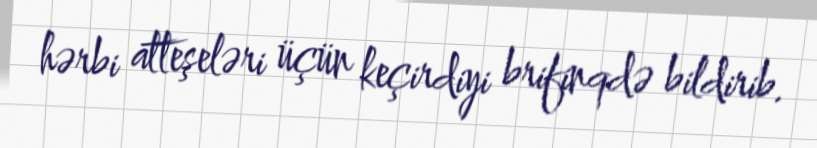
hərbi atteşeləri üçün keçirdiyi brifinqdə bildirib.